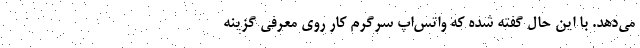
می‌دهد. با این حال گفته شده که واتس‌اپ سرگرم کار روی معرفی گزینه